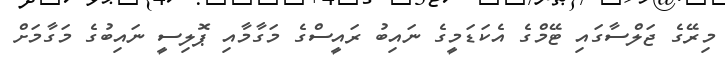
މިރޭގެ ޖަލްސާގައި ޓޭމްގެ އެކަޑަމީގެ ނައިބު ރައީސްގެ މަގާމާއި ޕޮލިސީ ނައިބުގެ މަގާމަށް